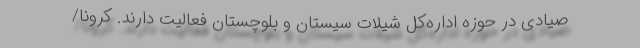
صیادی در حوزه اداره‌کل شیلات سیستان و بلوچستان فعالیت دارند. کرونا/